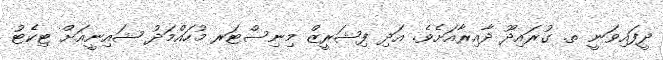
ދީފައިވަނީ ތ. ގުރައިދޫ ދާއިރާއަށެވެ. އަދި ފިޝަރީޒް މިނިސްޓަރ މުހައްމަދު ޝައިނީއަށް ޓިކެޓު